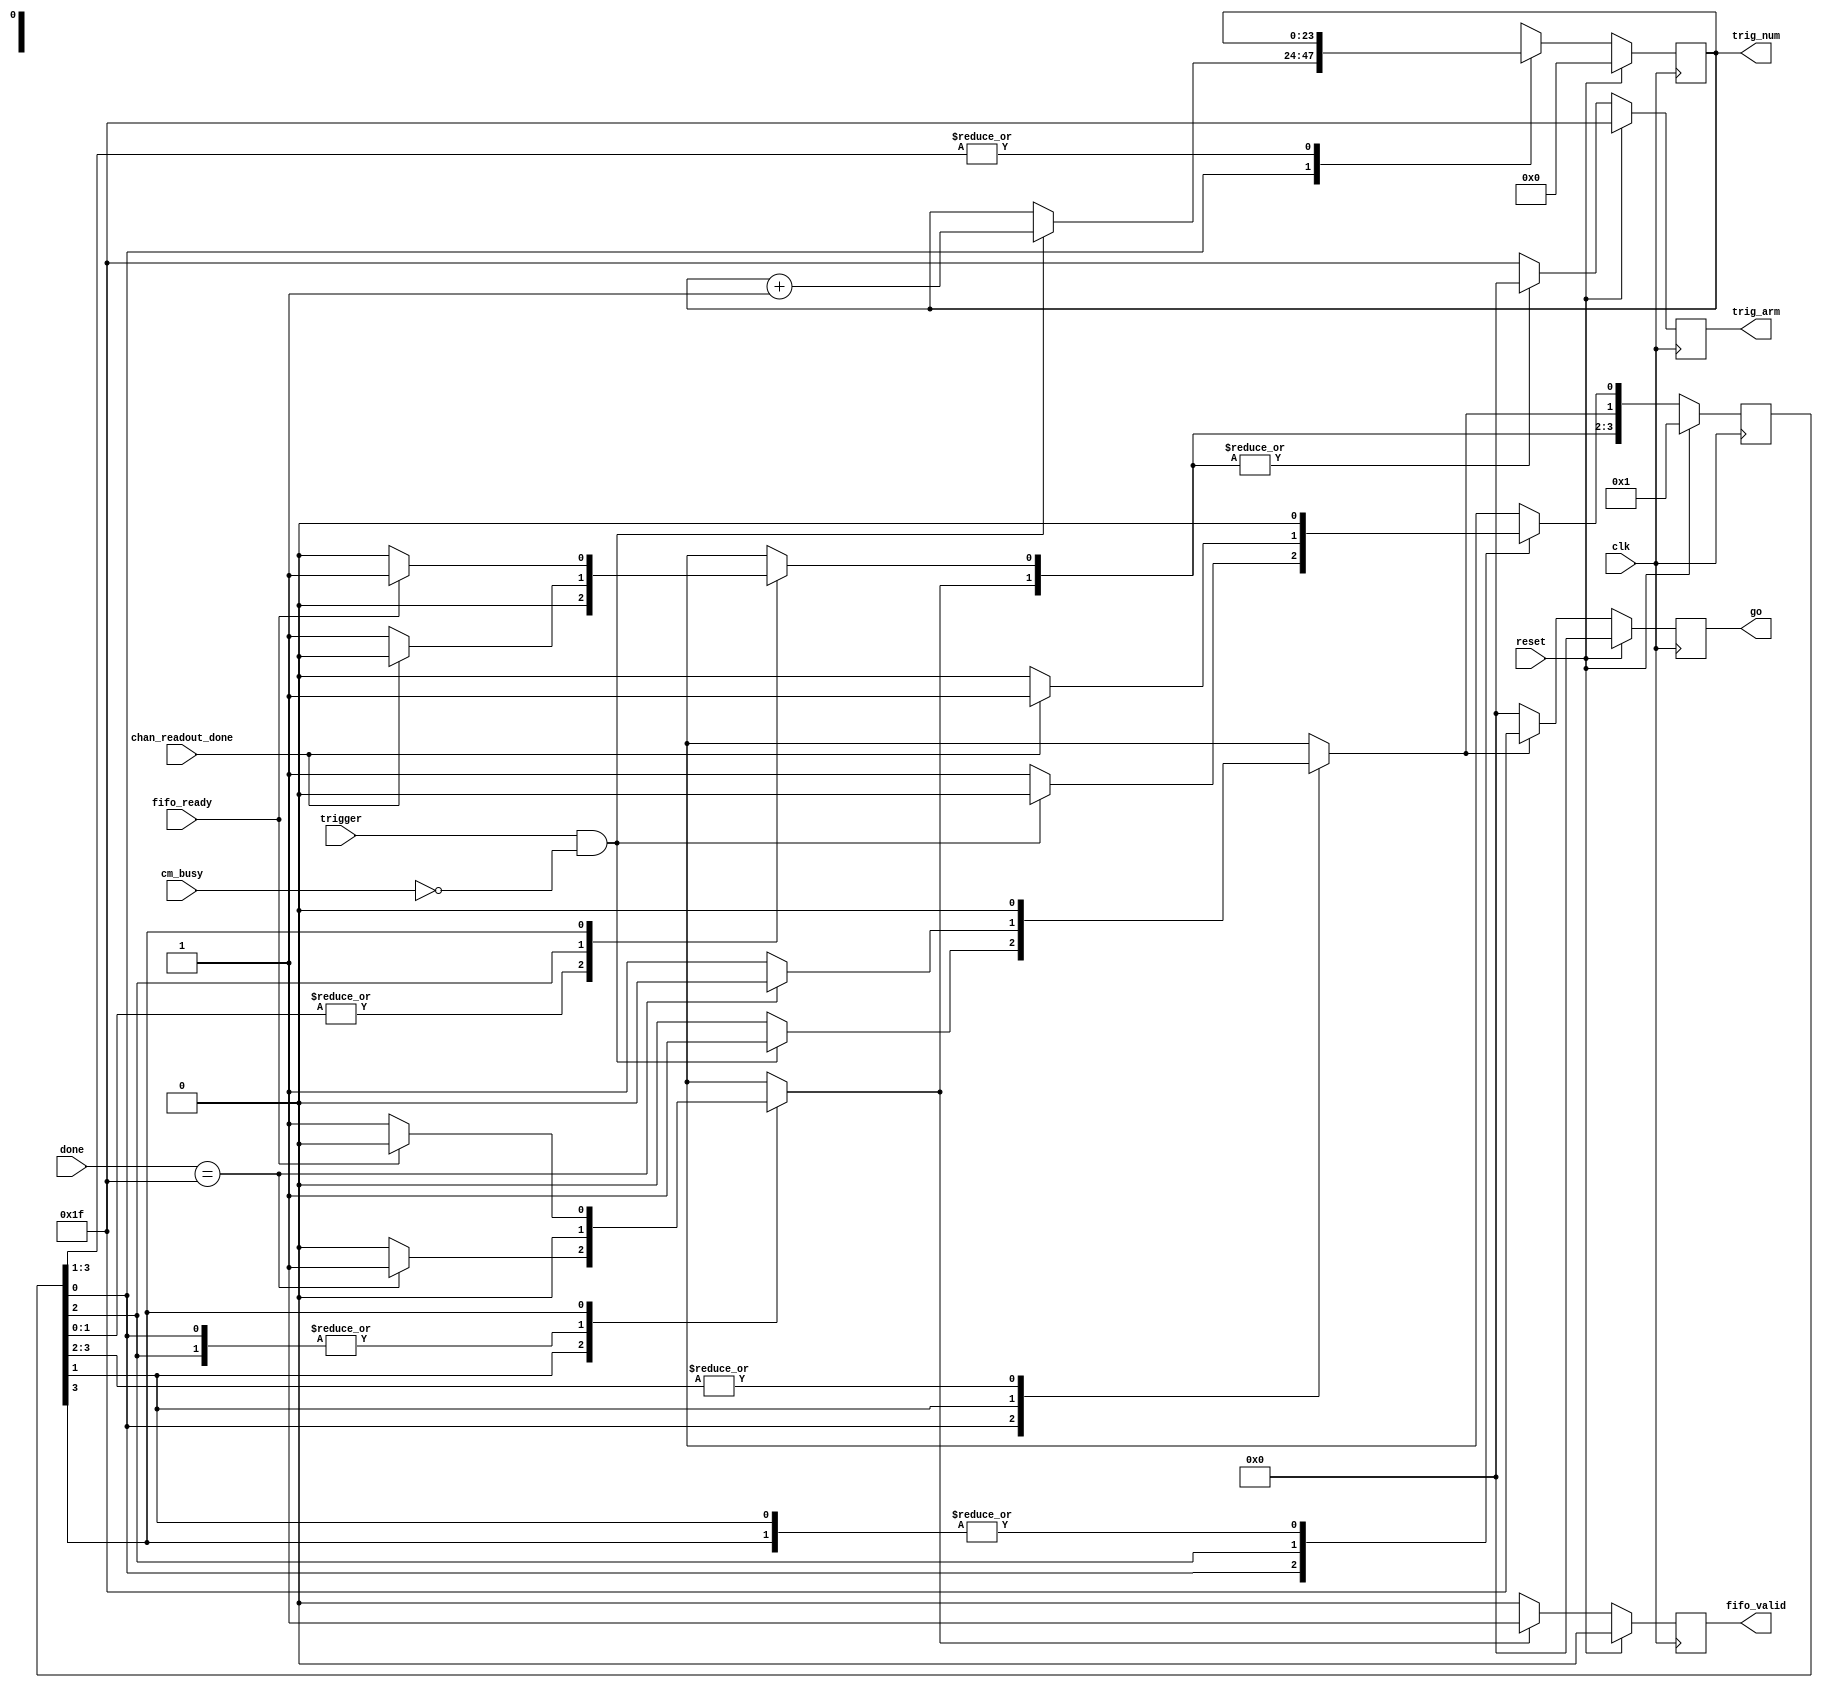

// Created by fizzim.pl version $Revision: 4.44 on 2014:07:20 at 15:50:23 (www.fizzim.com)

module triggerManager (
  output reg fifo_valid,
  output reg [4:0] go,
  output reg [4:0] trig_arm,
  output reg [23:0] trig_num,
  input wire chan_readout_done,
  input wire clk,
  input wire cm_busy,
  input wire [4:0] done,
  input wire fifo_ready,
  input wire reset,
  input wire trigger 
);

  // state bits
  parameter 
  IDLE          = 0, 
  FILL          = 1, 
  SET_TRIG_ARM  = 2, 
  STORE_FILLNUM = 3; 

  reg [3:0] state;
  reg [3:0] nextstate;
  reg [23:0] next_trig_num;

  // comb always block
  always @* begin
    nextstate = 4'b0000;
    next_trig_num[23:0] = trig_num[23:0];
    case (1'b1) // synopsys parallel_case full_case
      state[IDLE]         : begin
        if (trigger && !cm_busy) begin
          nextstate[FILL] = 1'b1;
          next_trig_num[23:0] = trig_num[23:0]+1;
        end
        else begin
          nextstate[IDLE] = 1'b1; // Added because implied_loopback is true
        end
      end
      state[FILL]         : begin
        if (done[4:0]==5'b11111) begin
          nextstate[STORE_FILLNUM] = 1'b1;
        end
        else begin
          nextstate[FILL] = 1'b1; // Added because implied_loopback is true
        end
      end
      state[SET_TRIG_ARM] : begin
        if (chan_readout_done) begin
          nextstate[IDLE] = 1'b1;
        end
        else begin
          nextstate[SET_TRIG_ARM] = 1'b1; // Added because implied_loopback is true
        end
      end
      state[STORE_FILLNUM]: begin
        if (fifo_ready) begin
          nextstate[SET_TRIG_ARM] = 1'b1;
        end
        else begin
          nextstate[STORE_FILLNUM] = 1'b1; // Added because implied_loopback is true
        end
      end
    endcase
  end

  // sequential always block
  always @(posedge clk) begin
    if (reset) begin
      state <= 4'b0001 << IDLE;
      trig_num[23:0] <= 0;
      end
    else begin
      state <= nextstate;
      trig_num[23:0] <= next_trig_num[23:0];
      end
  end

  // datapath sequential always block
  always @(posedge clk) begin
    if (reset) begin
      fifo_valid <= 0;
      go[4:0] <= 5'b00000;
      trig_arm[4:0] <= 5'b11111;
    end
    else begin
      fifo_valid <= 0; // default
      go[4:0] <= 5'b00000; // default
      trig_arm[4:0] <= 5'b11111; // default
      case (1'b1) // synopsys parallel_case full_case
        nextstate[IDLE]         : begin
          ; // case must be complete for onehot
        end
        nextstate[FILL]         : begin
          go[4:0] <= 5'b11111;
        end
        nextstate[SET_TRIG_ARM] : begin
          trig_arm[4:0] <= 5'b00000;
        end
        nextstate[STORE_FILLNUM]: begin
          fifo_valid <= 1;
          trig_arm[4:0] <= 5'b00000;
        end
      endcase
    end
  end

  // This code allows you to see state names in simulation
  `ifndef SYNTHESIS
  reg [103:0] statename;
  always @* begin
    case (1'b1)
      state[IDLE]         :
        statename = "IDLE";
      state[FILL]         :
        statename = "FILL";
      state[SET_TRIG_ARM] :
        statename = "SET_TRIG_ARM";
      state[STORE_FILLNUM]:
        statename = "STORE_FILLNUM";
      default      :
        statename = "XXXXXXXXXXXXX";
    endcase
  end
  `endif

endmodule